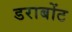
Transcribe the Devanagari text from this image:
डराबोंट